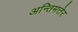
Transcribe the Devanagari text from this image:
अन्तिमत्तेर